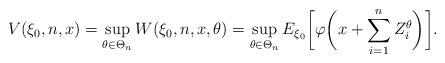
LaTeX: \begin{align*}V(\xi_0,n,x)=\sup_{\theta\in \Theta_n} W(\xi_0,n,x,\theta)=\sup_{\theta\in \Theta_n} E_{\xi_0}\biggl[\varphi\biggl(x+\sum_{i=1}^{n} Z_i^\theta\biggr)\biggr].\end{align*}